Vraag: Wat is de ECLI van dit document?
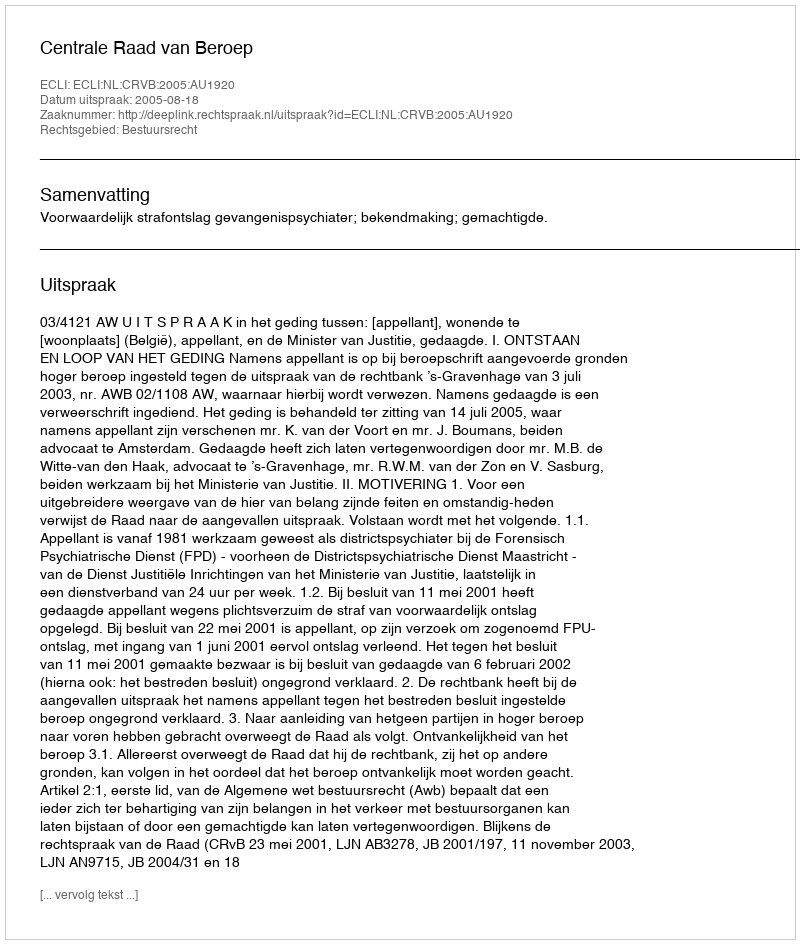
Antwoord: ECLI:NL:CRVB:2005:AU1920